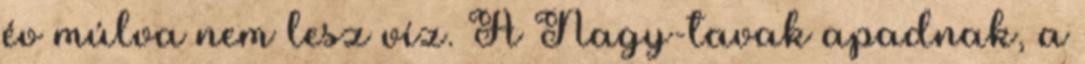
év múlva nem lesz víz. A Nagy-tavak apadnak, a